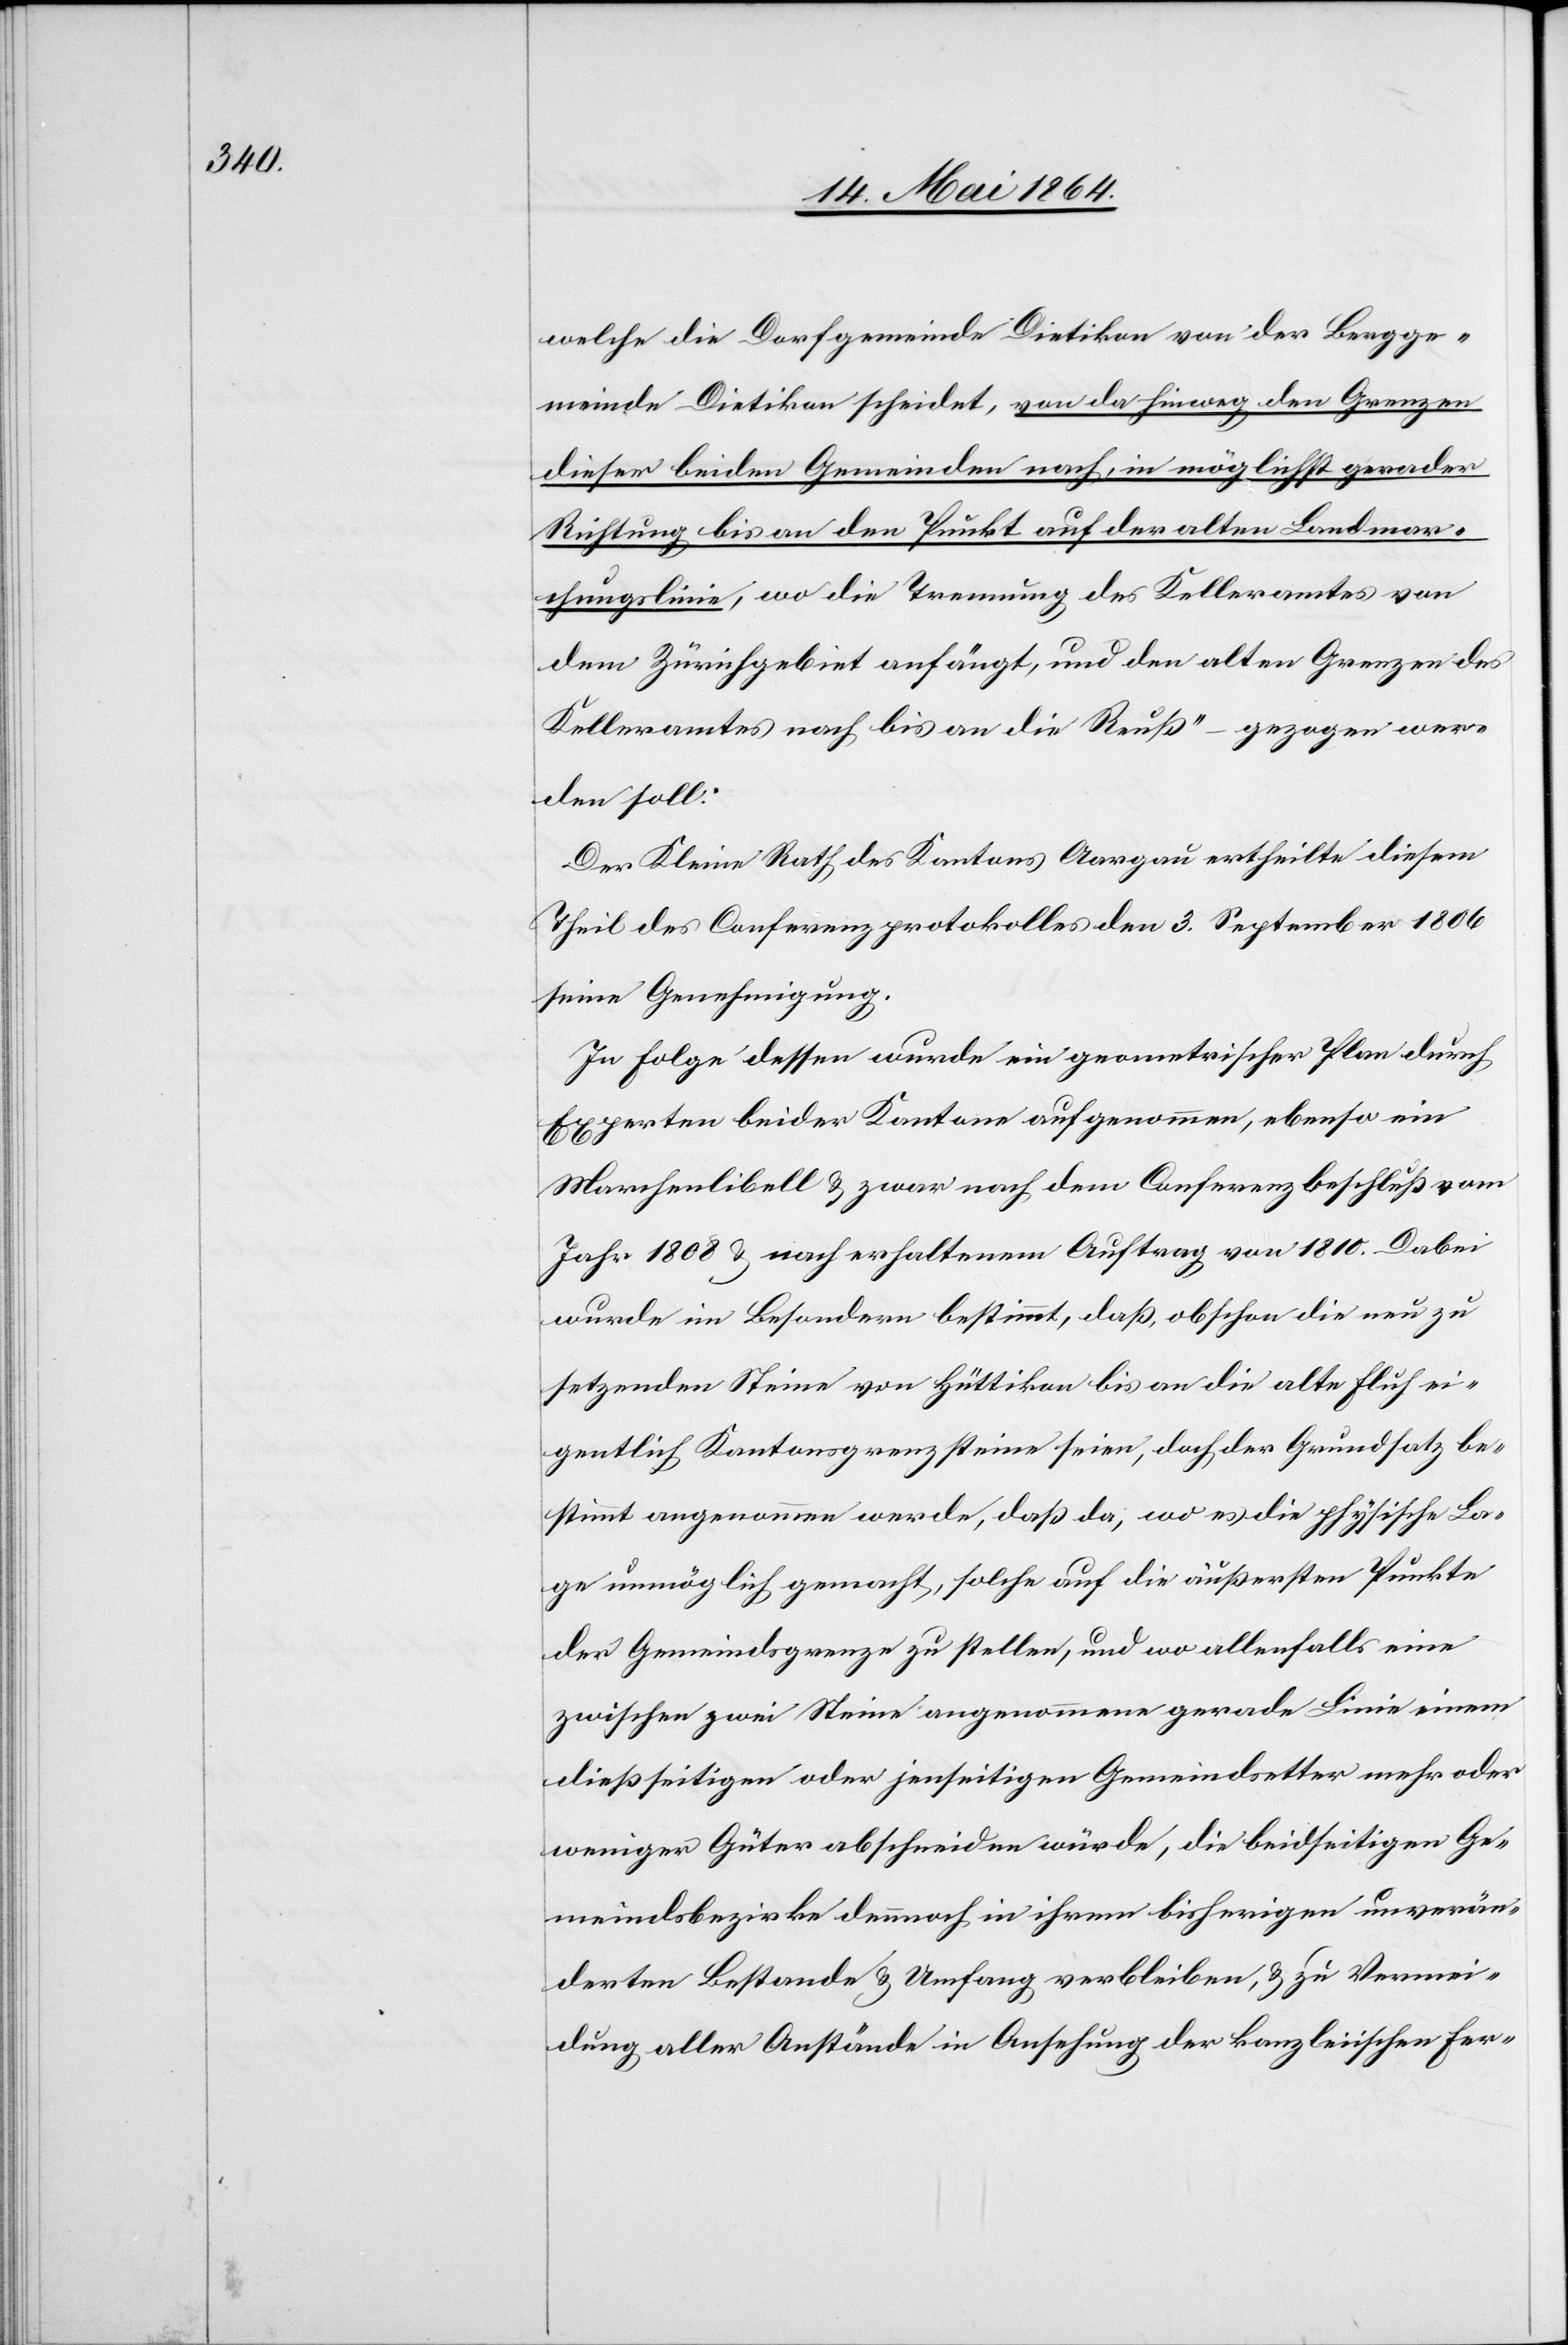
welche die Dorfgemeinde Dietikon von der Bergge¬
meinde Dietikon scheidet, von da hinweg den Grenzen
dieser beiden Gemeinden nach, in möglichst gerader
Richtung bis an den Punkt auf der alten Landmar¬
chungslinie, wo die Trennung des Kelleramtes von
dem Zürichgebiet anfängt, und den alten Grenzen des
Kelleramtes nach bis an die Reuß“ – gezogen wer¬
den soll.
Der Kleine Rath des Kantons Aargau ertheilte diesem
Theil des Conferenzprotokolles den 3. September 1806
seine Genehmigung.
In Folge dessen wurde ein geometrischer Plan durch
Experten beider Kantone aufgenommen, ebenso ein
Marchenlibell u. zwar nach dem Conferenzbeschluß vom
Jahr 1808 u. nach erhaltenem Auftrag von 1810. Dabei
wurde im Besondern bestimmt, daß, obschon die neu zu
setzenden Steine von Hüttikon bis an die alte Fluh ei¬
gentlich Kantonsgrenzsteine seien, doch der Grundsatz be¬
stimmt angenommen werde, daß da, wo es die physische La¬
ge unmöglich gemacht, solche auf die äußersten Punkte
der Gemeindsgrenze zu stellen, und wo allenfalls eine
zwischen zwei Steine angenommene gerade Linie einem
dießseitigen oder jenseitigen Gemeindsetter mehr oder
weniger Güter abschneiden würde, die beidseitigen Ge¬
meindsbezirke dennoch in ihrem bisherigen unverän¬
derten Bestande u. Umfang verbleiben, u. zu Vermei¬
dung aller Anstände in Ansehung der kanzleiischen Fer-